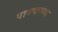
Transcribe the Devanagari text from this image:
पाबळच्या